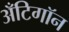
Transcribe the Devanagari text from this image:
अँटिगॉन